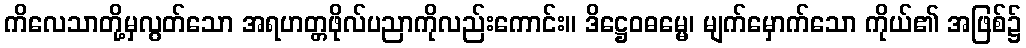
ကိလေသာတို့မှလွတ်သော အရဟတ္တဖိုလ်ပညာကိုလည်းကောင်း။ ဒိဋ္ဌေဝဓမ္မေ၊ မျက်မှောက်သော ကိုယ်၏ အဖြစ်၌